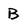
Character: B